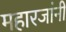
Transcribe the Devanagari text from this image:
महारजांनी